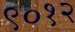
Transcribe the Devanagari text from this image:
९०१२